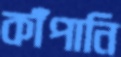
কাঁপানি